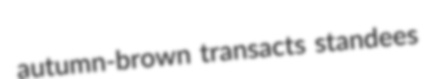
autumn-brown transacts standees